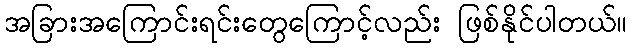
အခြားအကြောင်းရင်းတွေကြောင့်လည်း ဖြစ်နိုင်ပါတယ်။